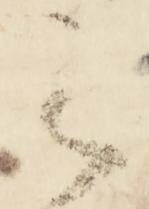
之